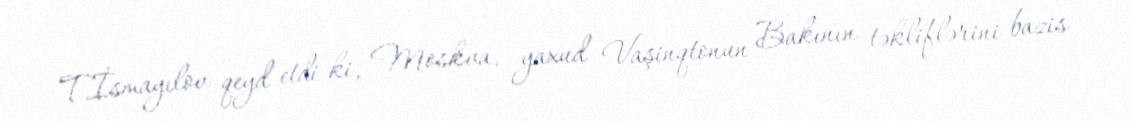
T.İsmayılov qeyd etdi ki, Moskva, yaxud Vaşinqtonun Bakının təkliflərini bazis